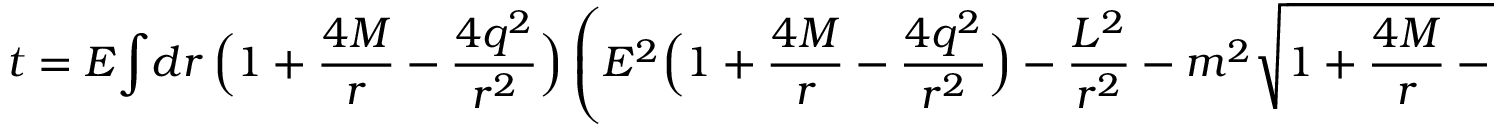
t = E { \int } { d r \, \Bigl ( 1 + { \frac { 4 M } { r } } - { \frac { 4 q ^ { 2 } } { r ^ { 2 } } } \Bigr ) \left( { E ^ { 2 } \Bigl ( 1 + { \frac { 4 M } { r } } - { \frac { 4 q ^ { 2 } } { r ^ { 2 } } } \Bigr ) - { \frac { L ^ { 2 } } { r ^ { 2 } } } - m ^ { 2 } \sqrt { 1 + { \frac { 4 M } { r } } - { \frac { 4 q ^ { 2 } } { r ^ { 2 } } } } } \right) ^ { - 1 / 2 } } \ .